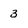
Character: 3